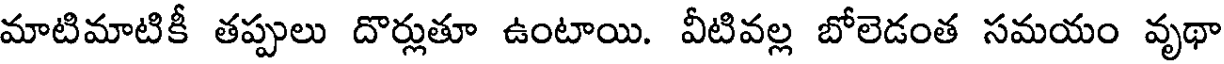
మాటిమాటికీ తప్పులు దొర్లుతూ ఉంటాయి. వీటివల్ల బోలెడంత సమయం వృథా